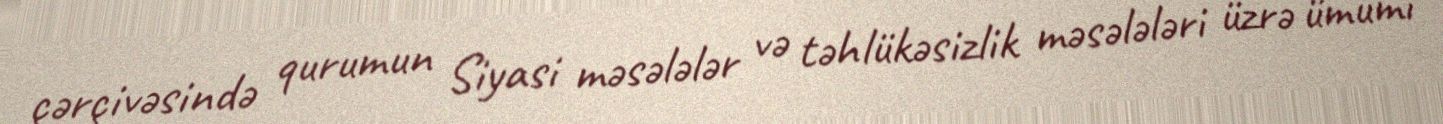
çərçivəsində qurumun Siyasi məsələlər və təhlükəsizlik məsələləri üzrə ümumi